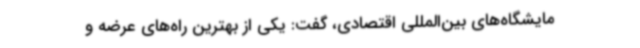
مایشگاه‌های بین‌المللی اقتصادی، گفت: یکی از بهترین راه‌های عرضه و